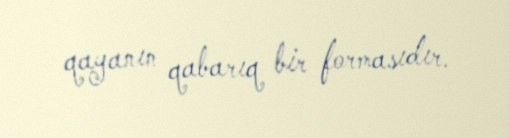
qayanın qabarıq bir formasıdır.